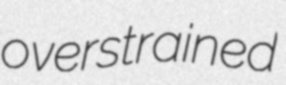
overstrained